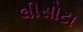
લીસોટા